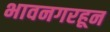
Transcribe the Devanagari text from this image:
भावनगरहून